Kominterni_Eesti_sektsioon_Moskvas, lk 6
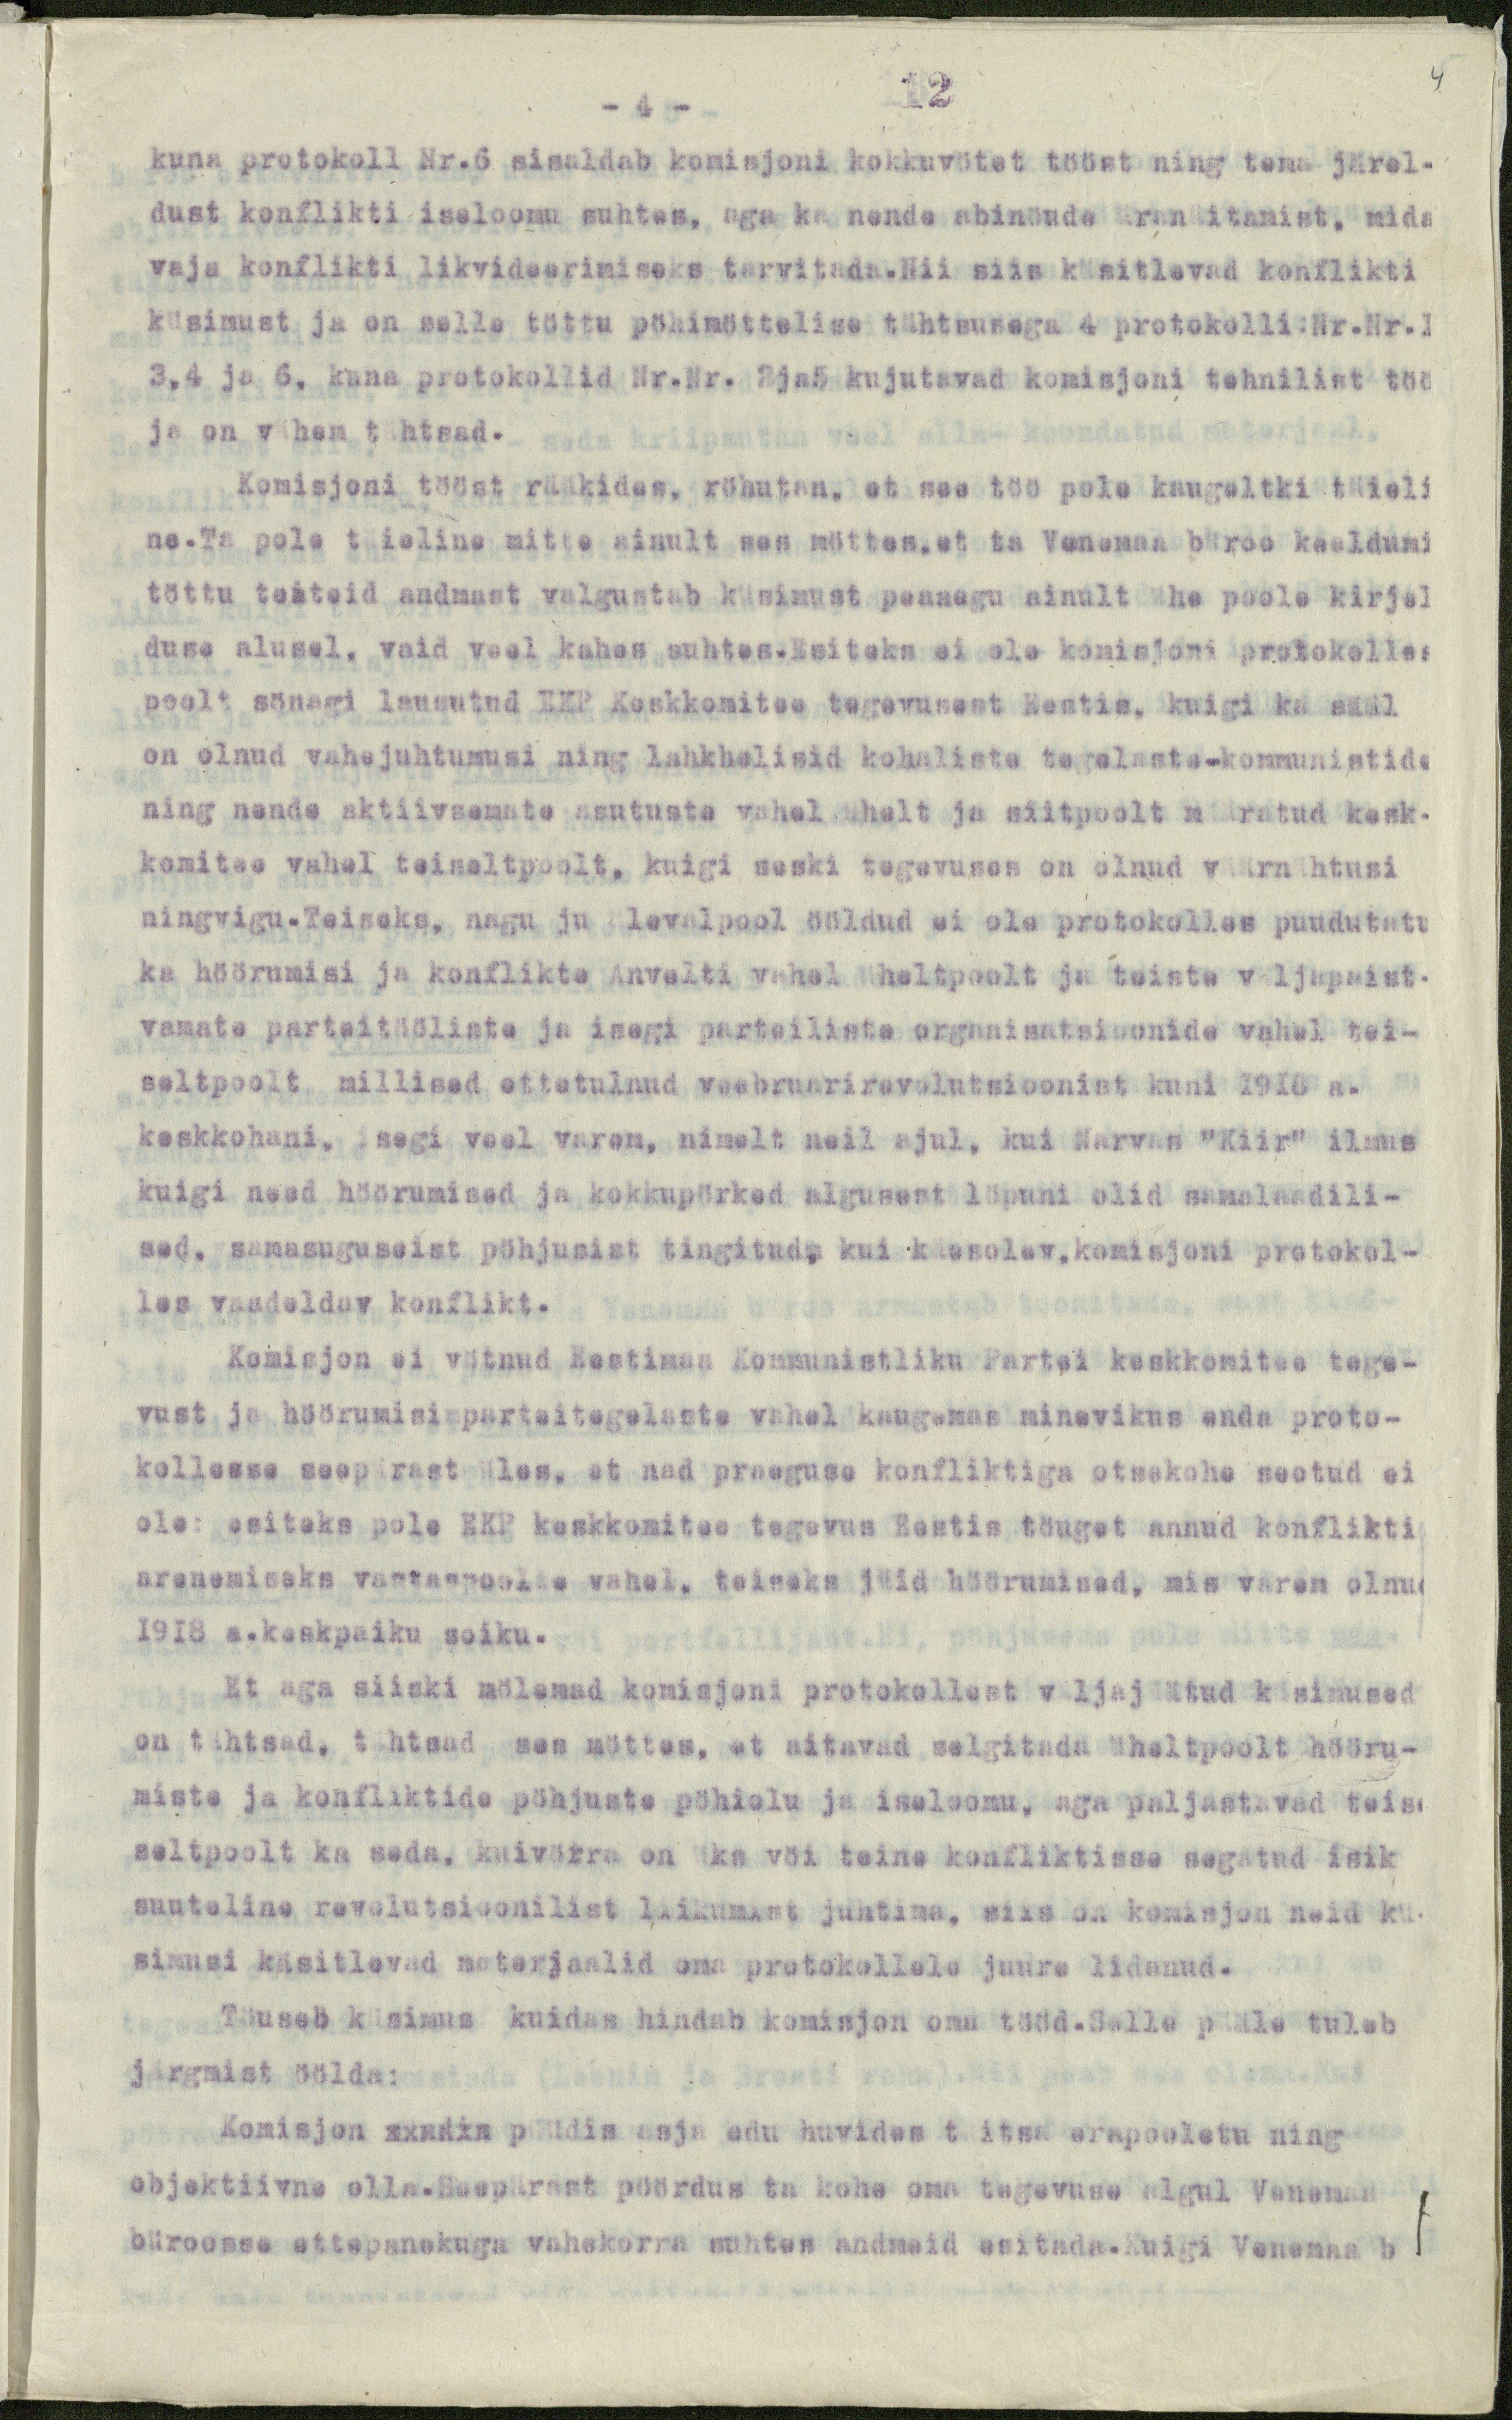
12
4.
- 4 -
kuna protokoll Nr.6 sisaldab komisjoni kokkuvötet tööst ning tema järel-
dust konflikti iseloomu suhtes, aga ka nende abinöude äranäitamist, mida
vaja konflikti likvideerimiseks tarvitada. Nii siis käsitlevad konflikti
küsimust ja on selle töttu pöhimöttelise tähtsusega 4 protokolli Nr.Nr.1
3,4 ja 6, kuna protokollid Nr.Nr. 3ja5 kujutavad komisjoni tehnilist töö
ja on vähem tähtsad.
Komisjoni tööst rääkides, röhutan, et see töö pole kaugeltki täieli
ne. Ta pole täieline mitte ainult ses möttes, et ta Vanemaa büroo keeldumi
töttu teateid andmast valgustab küsimust peaaegu ainult ühe poole kirjel
duse alusel, vaid veel kahes suhtes.Esiteks ei ole komisjoni protokolles
poolt sönagi lausutud EKP Keskkomitee tegevusest Eestis, kuigi ka sääl
on olnud vahejuhtumusi ning lahkhelisid kohaliste tegelaste-kommunistide
ning nende aktiivsemate asutuste vahel ühelt ja siitpoolt määratud kesk-
komitee vahel teiseltpoolt, kuigi seski tegevuses on olnud väärnähtusi
ningvigu.Teiseks, nagu ju ülevalpool ööldud ei ole protokolles puudutatu
ka höörumisi ja konflikte Anvelti vahel üheltpoolt ja teiste väljapaist-
vamata parteitööliste ja isegi parteiliste organisatsioonide vahel tei-
seltpoolt, millised ettetulnud veebruarirevolutsioonist kuni 1918 a.
keskkohani, isegi veel varem, nimelt neil ajul, kui Narvas "Kiir" ilmus
kuigi need höörumised ja kokkupörked algusest löpuni olid samalaadili-
sed, samasuguseist pöhjusist tingitud, kui käesolev, komisjoni protokol-
les vaadeldav konflikt.
Komisjon ei vötnud Eestimaa Kommunistliku Partei keskkomitee tege-
vust ja höörumisi parteitegelaste vahel kaugemas minevikus enda proto-
kollesse seepärast üles, et nad praeguse konfliktiga otsekohe seotud ei
ole: esiteks pole EKP keskkomitee tegevus Eestis töuget annud konflikti
arenemiseks vastaspoolte vahel, teiseks jäid höörumised, mis varem olnud
1918 a.kaskpaiku soiku.
Et aga siiski mölemad komisjoni protokollest väljajäätud küsimused
on tähtsad, tähtsad ses möttes, et aitavad selgitada üheltpoolt hööru-
miste ja konfliktide pöhjuste pöhiolu ja iseloomu, aga paljastavad teise
seltpoolt ka seda, kuivörra on üks vöi teine konfliktisse segatud isik
suuteline revolutsioonilist liikumist juhtima, siis on komisjon neid kü-
simusi käsitlevad materjaalid oma protokollele juure lidanud.
Töuseb küsimus kuidas hindab komisjon oma tööd.Selle pääle tuleb
järgmist öölda:
Komisjon makka püüdis asja edu huvidas täitsa erapooletu ning
objektiivne olla.Seepärast pöördus ta kohe oma tegevuse algul Venemaa
büroosse ettepanekuga vahekorra suhtes andmeid esitada. Kuigi Venemaa b